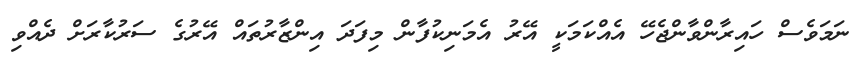
ނަމަވެސް ހައިރާންވާންޖެހޭ އެއްކަމަކީ އޭރު އެމަނިކުފާން މިފަދަ އިންޒާރުތައް އޭރުގެ ސަރުކާރަށް ދެއްވި